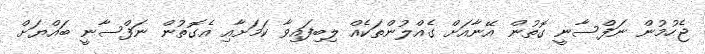
ޖެހުމުން ނަފްސާނީ ގޮތުން އޭނާއަށް ގެއްލުންތަކެއް ލިބިފައިވާ ކަމަށާއި އެގޮތުން ނަފްސާނީ ބައްޔަށް